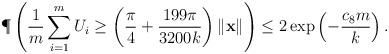
LaTeX: \begin{align*}\P\left( \frac{1}{m}\sum_{i=1}^m U_i \geq \left(\frac{\pi}{4}+\frac{199\pi}{3200k}\right)\|\mathbf{x}\| \right)\leq 2\exp\left(-\frac{c_8m}{k}\right).\end{align*}